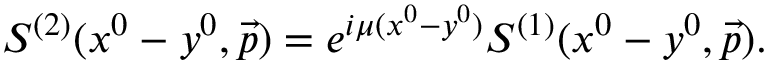
S ^ { ( 2 ) } ( x ^ { 0 } - y ^ { 0 } , \vec { p } ) = e ^ { i \mu ( x ^ { 0 } - y ^ { 0 } ) } S ^ { ( 1 ) } ( x ^ { 0 } - y ^ { 0 } , \vec { p } ) .